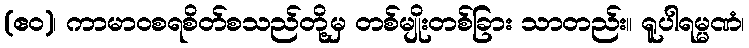
(ဧဝ)၊ ကာမာဝစရစိတ်စသည်တို့မှ တစ်မျိုးတစ်ခြား သာတည်း။ ရူပါရမ္မဏံ၊